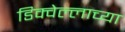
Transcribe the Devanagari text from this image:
डिक्वेल्लाच्या